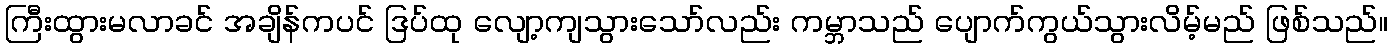
ကြီးထွားမလာခင် အချိန်ကပင် ဒြပ်ထု လျော့ကျသွားသော်လည်း ကမ္ဘာသည် ပျောက်ကွယ်သွားလိမ့်မည် ဖြစ်သည်။